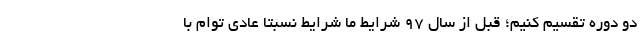
دو دوره تقسیم کنیم؛ قبل از سال ۹۷ شرایط ما شرایط نسبتا عادی توام با